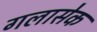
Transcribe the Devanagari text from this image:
गलासेक